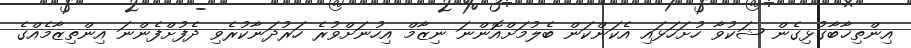
އިންތިޚާބާގުޅިގެން ޝަކުވާ ހުށަހަޅައި އެކަންކަން ބެލުމަށްއޮންނަ ނިޒާމް އިހުނަށްވުރެ ހަރުދަނާކުރެވި ދެފުށްފެންނަ އިންތިޒާމެއްގެ